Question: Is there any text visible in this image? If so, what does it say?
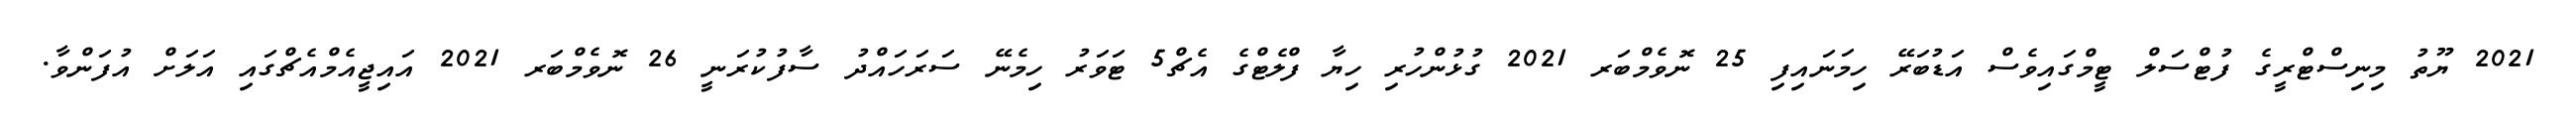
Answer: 2021 ޔޫތު މިނިސްޓްރީގެ ފުޓްސަލް ޓީމްގައިވެސް އަޑުބަރޭ ހިމަނައިފި 25 ނޮވެމްބަރ 2021 ގުޅުންހުރި ހިޔާ ފްލެޓްގެ އެޗް5 ޓަވަރު ހިމެނޭ ސަރަހައްދު ސާފުކުރަނީ 26 ނޮވެމްބަރ 2021 އައިޖީއެމްއެޗްގައި އަލަށް އުފަންވާ.